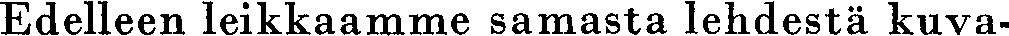
Edelleen leikkaamme samasta lehdestä kuva-